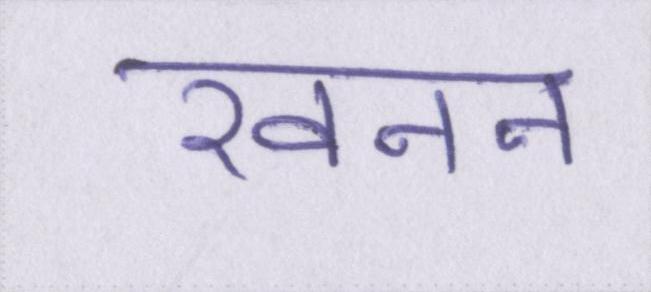
खनन